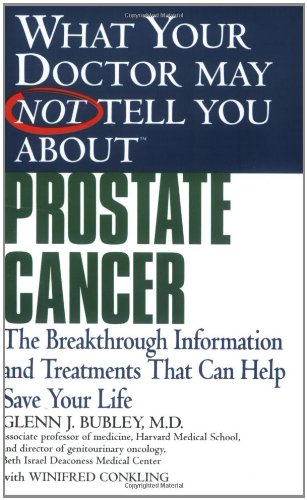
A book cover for What Your Doctor May Not Tell You About(TM) Prostate Cancer: The Breakthrough Information and Treatments That Can Help Save Your Life; Glenn J. Bubley; Health, Fitness & Dieting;